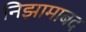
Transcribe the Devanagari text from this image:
निझामाबद